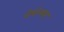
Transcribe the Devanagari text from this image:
देबोनयर